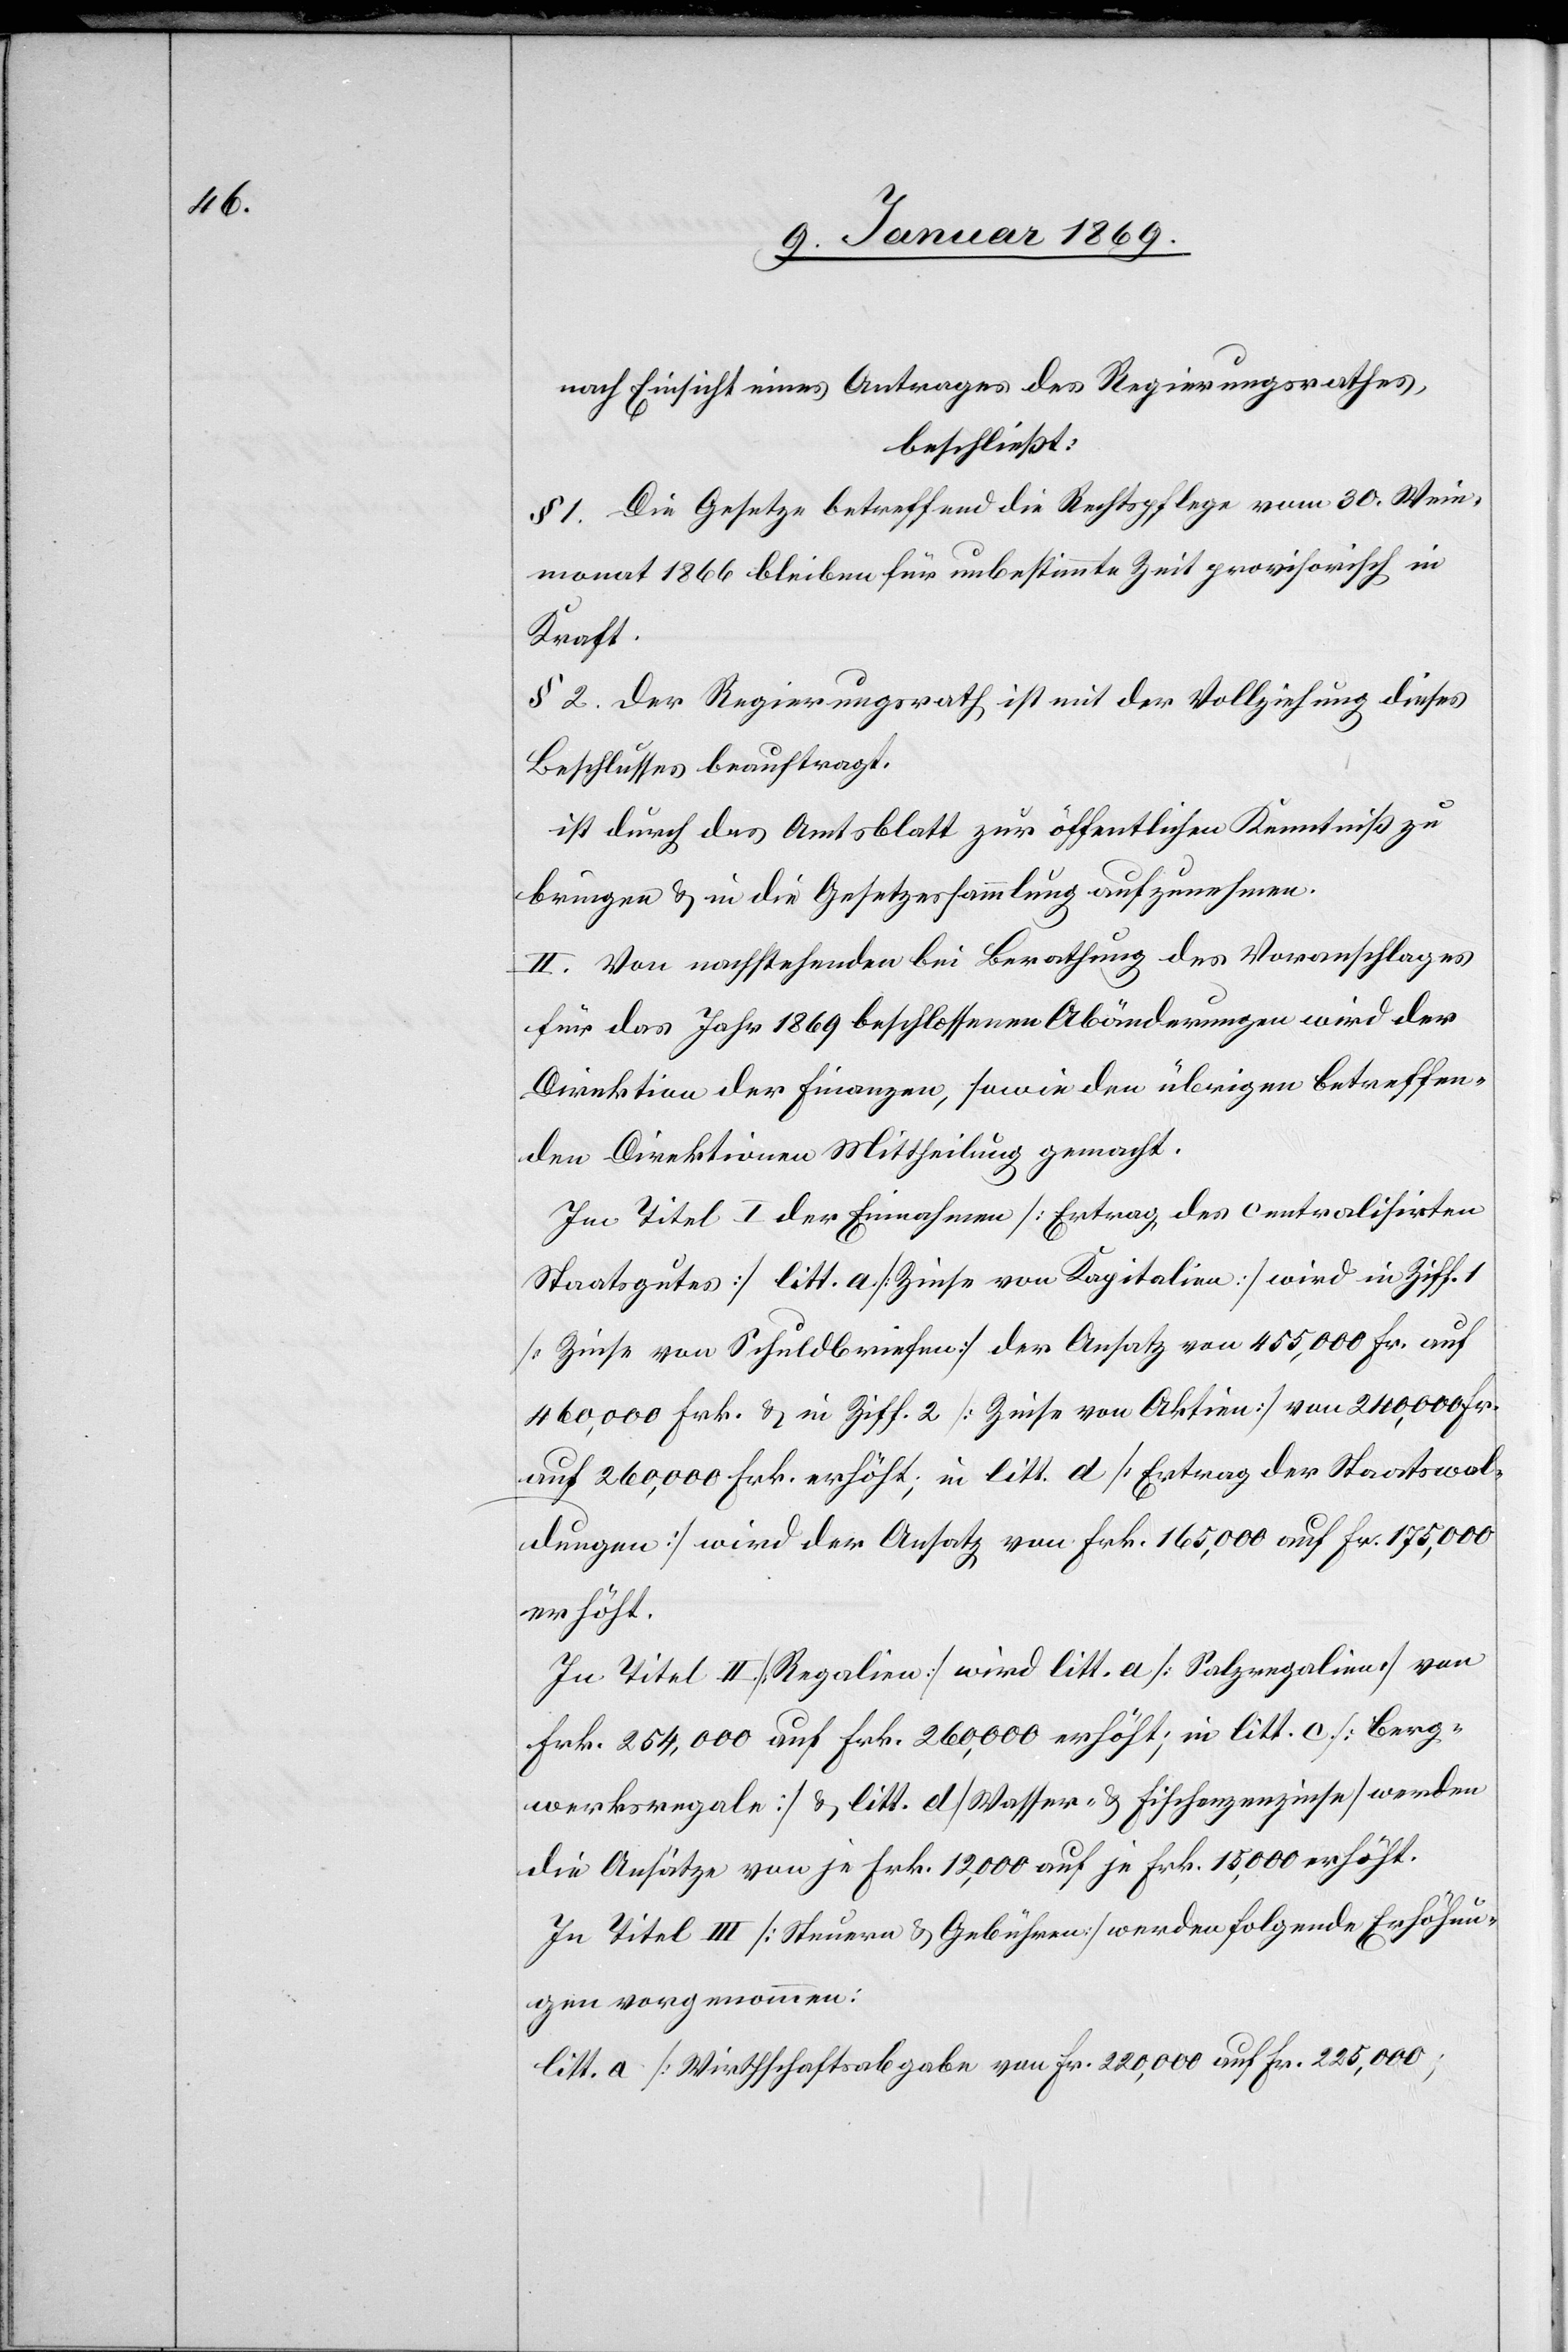
nach Einsicht eines Antrages des Regierungsrathes,
beschließt:
§ 1. Die Gesetze betreffend die Rechtspflege vom 30. Wein¬
monat 1866 bleiben für unbestimmte Zeit provisorisch in
Kraft.
§ 2. Der Regierungsrath ist mit der Vollziehung dieses
Beschlusses beauftragt.
ist durch das Amtsblatt zur öffentlichen Kenntniß zu
bringen & in die Gesetzessammlung aufzunehmen.
II. Von nachstehenden bei Berathung des Voranschlages
für das Jahr 1869 beschlossenen Abänderungen wird der
Direktion der Finanzen, sowie den übrigen betreffen¬
den Direktionen Mittheilung gemacht.
Im Titel I der Einnahmen [Ertrag, des centralisirten
Staatsgutes] litt. a [Zinse von Kapitalien] wird in Ziff. 1
[Zinse von Schuldbriefen] der Ansatz von 455,000 Fr. auf
460,000 Frk. & in Ziff. 2 [Zinse von Aktien] von 240,000 Fr.
auf 260,000 Frk. erhöht, in litt. d [Ertrag der Staatswal¬
dungen] wird der Ansatz von Frk. 165,000 auf Fr. 175,000
erhöht.
In Titel II [Regalien] wird litt. a [Salzregalien] von
Frk. 254,000 auf Frk. 260,000 erhöht; in litt. c [Berg¬
werksregale] & litt. d [Wasser- & Fischenzenzinsen] werden
die Ansätze von je Frk. 12,000 auf je Frk. 15,000 erhöht.
In Titel III [Steuern & Gebühren] werden folgende Erhöhun¬
gen vorgenommen:
litt a. [Wirthschaftsabgabe] 	von Fr. 220,000 auf Fr. 225,000;